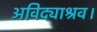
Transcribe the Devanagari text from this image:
अविद्याश्रव।